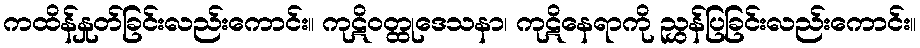
ကထိန်နှုတ်ခြင်းလည်းကောင်း။ ကုဋိဝတ္ထုဒေသနာ၊ ကုဋိနေရာကို ညွှန်ပြခြင်းလည်းကောင်း။